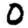
Digit: 0